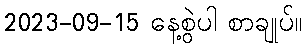
2023-09-15 နေ့စွဲပါ စာချုပ်။